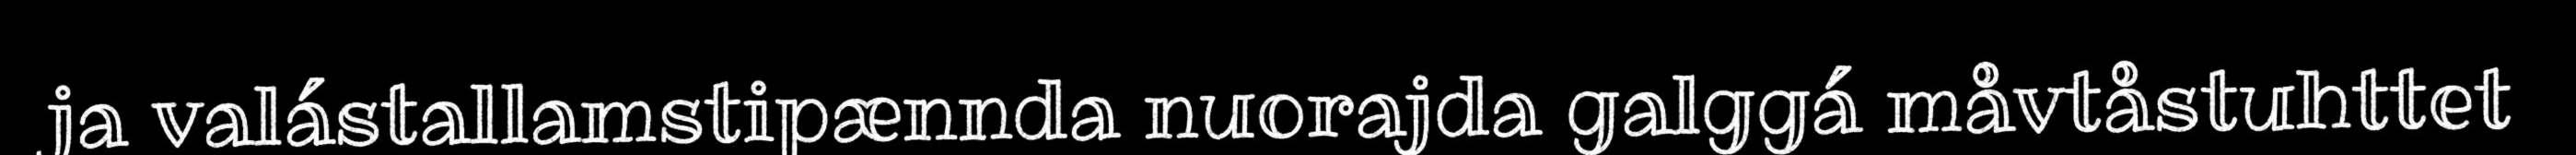
ja valástallamstipænnda nuorajda galggá måvtåstuhttet